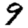
Digit: 9